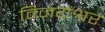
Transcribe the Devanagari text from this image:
विजयेश्वर